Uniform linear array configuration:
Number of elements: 24
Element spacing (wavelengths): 0.75
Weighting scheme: kaiser
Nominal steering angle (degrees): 30
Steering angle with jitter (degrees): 31.289
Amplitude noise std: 0.05
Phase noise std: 0.05

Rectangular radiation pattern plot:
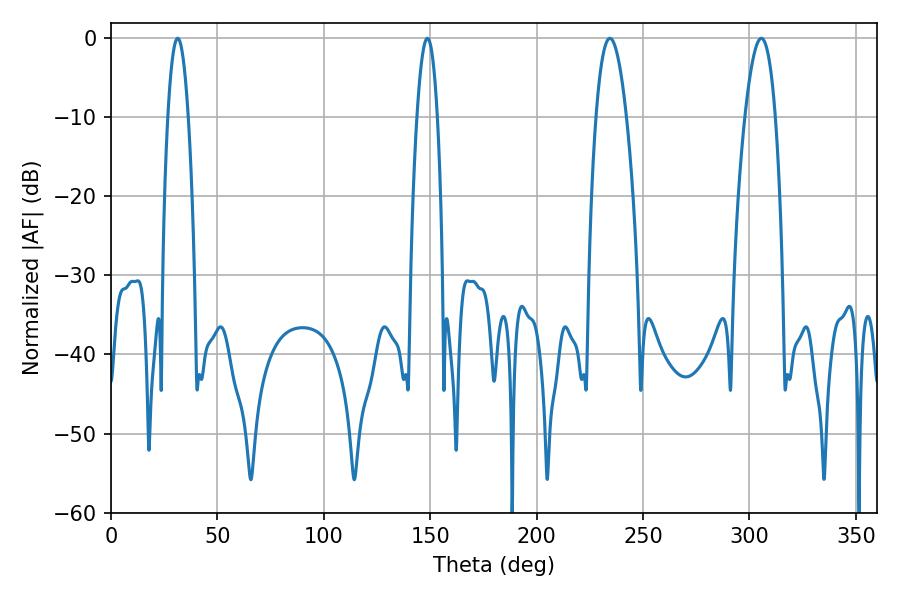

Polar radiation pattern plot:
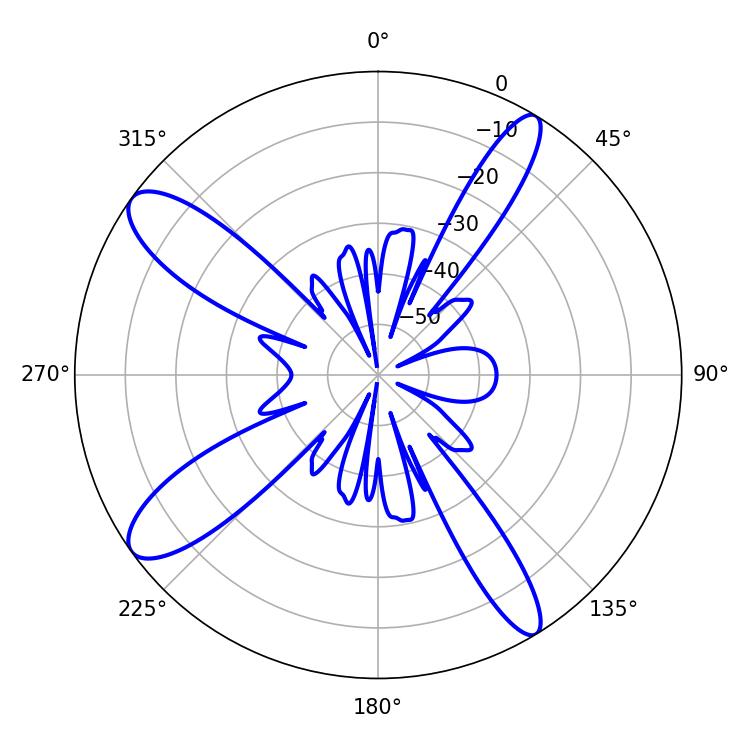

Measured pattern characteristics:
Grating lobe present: TRUE
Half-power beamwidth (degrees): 5.22
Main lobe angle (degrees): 31.32